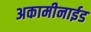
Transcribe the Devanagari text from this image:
अकामीनाईड